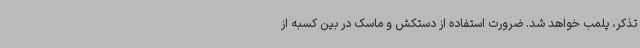
تذکر، پلمب خواهد شد. ضرورت استفاده از دستکش و ماسک در بین کسبه از